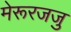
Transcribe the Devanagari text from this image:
मेरूरजजु